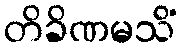
တိခိဏမသိံ